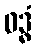
ဝဒ္ဓံ